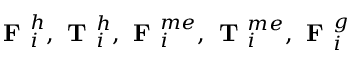
\textbf { F } _ { i } ^ { h } , \textbf { T } _ { i } ^ { h } , \textbf { F } _ { i } ^ { m e } , \textbf { T } _ { i } ^ { m e } , \textbf { F } _ { i } ^ { g }